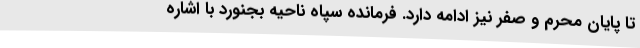
تا پایان محرم و صفر نیز ادامه دارد. فرمانده سپاه ناحیه بجنورد با اشاره